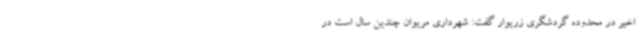
اخیر در محدوده گردشگری زریوار گفت: شهرداری مریوان چندین سال است در